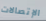
الإتصالات